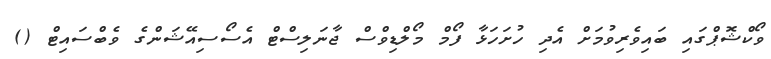
ވޯކްޝޮޕްގައި ބައިވެރިވުމަށް އެދި ހުށަހަޅާ ފޯމް މޯލްޑިވްސް ޖާނަލިސްޓް އެސޯސިއޭޝަންގެ ވެބްސައިޓް ()